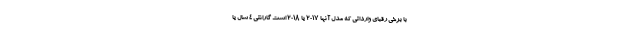
با برخی رقبای وارداتی که مدل آنها 2017 یا 2018 است گارانتی 4 سال یا